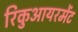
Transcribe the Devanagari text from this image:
रिकुआयरमेंट